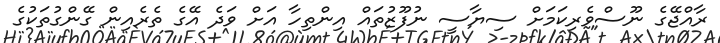
ރާއްޖޭގެ ނޫސްވެރިކަމަށް ސިޔާސީ ނުފޫޒުތައް އިންތިހާ އަށް ވަދެ އޭގެ ތެރެއިން ގޭންގުތަކުގެ